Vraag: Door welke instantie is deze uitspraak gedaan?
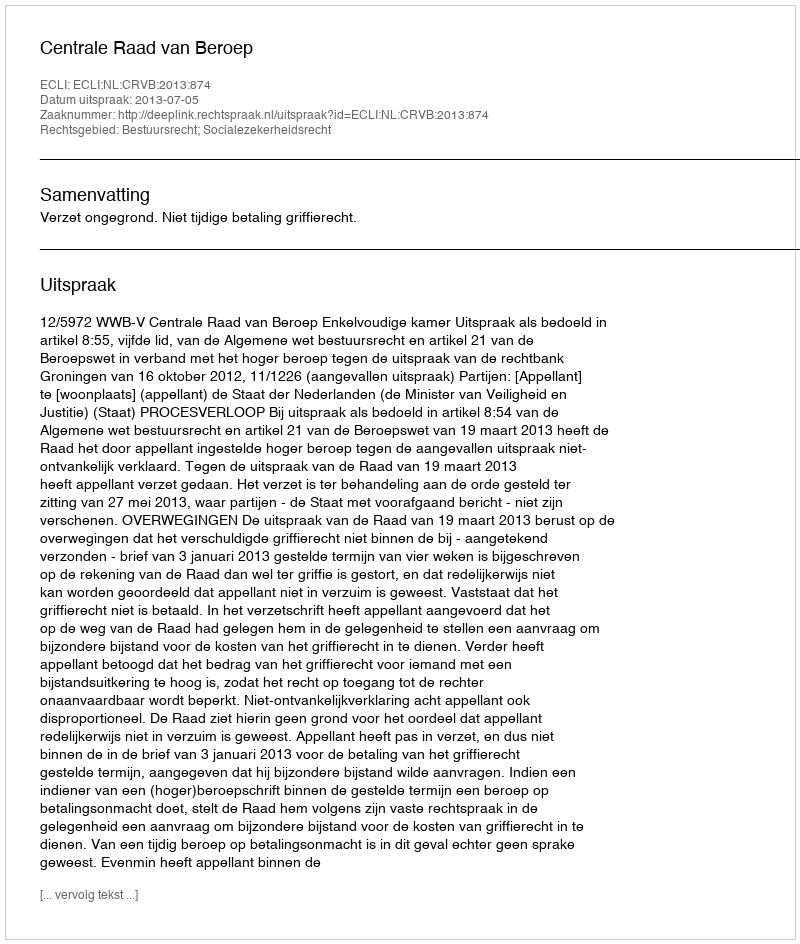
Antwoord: Centrale Raad van Beroep